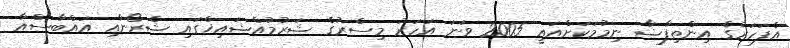
އެފަހަރުގެ އިންތިފާޟާ ނިމުމަކަށްއައީ 2005 ވަނަ އަހަރު މިސްރުގެ ޝަރުމުއްޝައިޚްގައި ޝެރޯނާއި އައްބާސްއާ